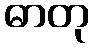
ဓာတု